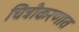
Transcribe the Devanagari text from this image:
चित्रीकरणात